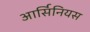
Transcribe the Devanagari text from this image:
आर्सिनियस